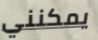
يمكنني